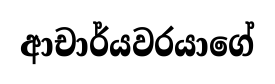
ආචාර්යවරයාගේ